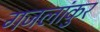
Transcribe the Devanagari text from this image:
गजलांकुर